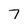
Character: 7